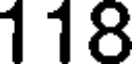
118